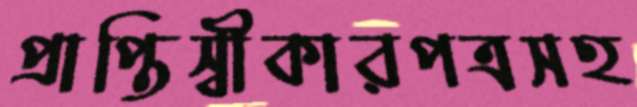
প্রাপ্তিস্বীকারপত্রসহ